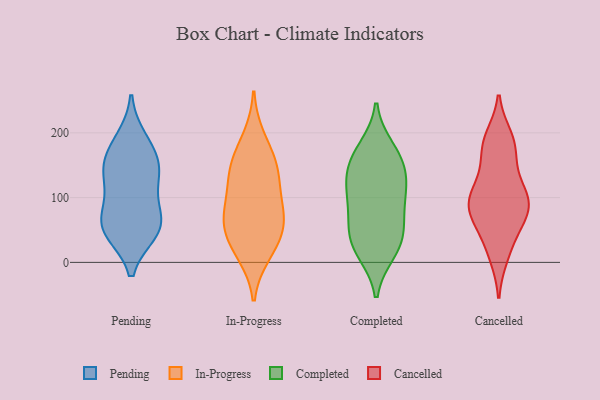
{"axis": {"x": "Demand Index", "y": "Value"}, "legend": ["Cancelled", "Completed", "In-Progress", "Pending"], "data": [{"x": "", "y": 142, "type": "Pending"}, {"x": "", "y": 112, "type": "Pending"}, {"x": "", "y": 152, "type": "Pending"}, {"x": "", "y": 135, "type": "Pending"}, {"x": "", "y": 189, "type": "Pending"}, {"x": "", "y": 57, "type": "Pending"}, {"x": "", "y": 51, "type": "Pending"}, {"x": "", "y": 48, "type": "Pending"}, {"x": "", "y": 56, "type": "Pending"}, {"x": "", "y": 74, "type": "Pending"}, {"x": "", "y": 172, "type": "Pending"}, {"x": "", "y": 117, "type": "In-Progress"}, {"x": "", "y": 22, "type": "In-Progress"}, {"x": "", "y": 191, "type": "In-Progress"}, {"x": "", "y": 79, "type": "In-Progress"}, {"x": "", "y": 14, "type": "In-Progress"}, {"x": "", "y": 151, "type": "In-Progress"}, {"x": "", "y": 151, "type": "In-Progress"}, {"x": "", "y": 141, "type": "In-Progress"}, {"x": "", "y": 88, "type": "In-Progress"}, {"x": "", "y": 48, "type": "In-Progress"}, {"x": "", "y": 64, "type": "In-Progress"}, {"x": "", "y": 55, "type": "In-Progress"}, {"x": "", "y": 168, "type": "Completed"}, {"x": "", "y": 151, "type": "Completed"}, {"x": "", "y": 176, "type": "Completed"}, {"x": "", "y": 149, "type": "Completed"}, {"x": "", "y": 112, "type": "Completed"}, {"x": "", "y": 72, "type": "Completed"}, {"x": "", "y": 129, "type": "Completed"}, {"x": "", "y": 101, "type": "Completed"}, {"x": "", "y": 105, "type": "Completed"}, {"x": "", "y": 44, "type": "Completed"}, {"x": "", "y": 34, "type": "Completed"}, {"x": "", "y": 16, "type": "Completed"}, {"x": "", "y": 18, "type": "Completed"}, {"x": "", "y": 55, "type": "Completed"}, {"x": "", "y": 11, "type": "Cancelled"}, {"x": "", "y": 92, "type": "Cancelled"}, {"x": "", "y": 72, "type": "Cancelled"}, {"x": "", "y": 83, "type": "Cancelled"}, {"x": "", "y": 45, "type": "Cancelled"}, {"x": "", "y": 98, "type": "Cancelled"}, {"x": "", "y": 126, "type": "Cancelled"}, {"x": "", "y": 192, "type": "Cancelled"}, {"x": "", "y": 163, "type": "Cancelled"}, {"x": "", "y": 53, "type": "Cancelled"}, {"x": "", "y": 85, "type": "Cancelled"}, {"x": "", "y": 124, "type": "Cancelled"}, {"x": "", "y": 96, "type": "Cancelled"}, {"x": "", "y": 99, "type": "Cancelled"}, {"x": "", "y": 187, "type": "Cancelled"}, {"x": "", "y": 14, "type": "Cancelled"}, {"x": "", "y": 184, "type": "Cancelled"}, {"x": "", "y": 82, "type": "Cancelled"}, {"x": "", "y": 176, "type": "Cancelled"}]}